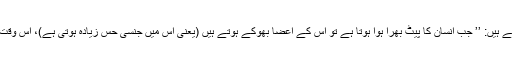
اس سلسلے میں شاہ ولی اللہ فرماتے ہیں: ’’ جب انسان کا پیٹ بھرا ہوا ہوتا ہے تو اس کے اعضا بھوکے ہوتے ہیں (یعنی اس میں جنسی حس زیادہ ہوتی ہے)، اس وقت اس پر حیوانیت طاری ہوتی ہے۔